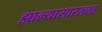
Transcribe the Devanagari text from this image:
झाल्यासारख्या